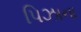
પિઝાના